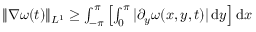
\begin{array} { r } { \Vert \nabla \omega ( t ) \Vert _ { L ^ { 1 } } \ge \int _ { - \pi } ^ { \pi } \left[ \int _ { 0 } ^ { \pi } | \partial _ { y } \omega ( x , y , t ) | \, \mathrm { d } y \right] \mathrm { d } x } \end{array}